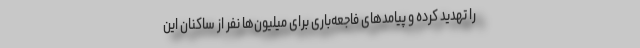
را تهدید کرده و پیامدهای فاجعه‌باری برای میلیون‌ها نفر از ساکنان این